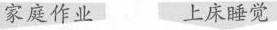
家庭作业 上床睡觉